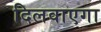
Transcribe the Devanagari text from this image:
दिलवाएगा